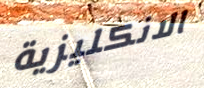
الانكليزية